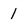
Character: I